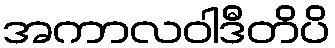
အကာလဝါဒီတိပိ